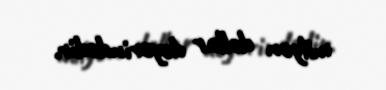
milyon dollar dəyərindədir.